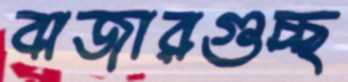
বাজারগুচ্ছ